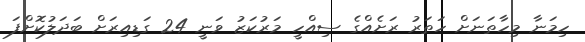
ހިމަނާ މިހާތަނަށް ހަތަރު ރަށެއްގެ ސިއްހީ މަރުކަޒު ވަނީ 24 ގަޑިއިރަށް ބަދަލުކޮށްފަ